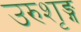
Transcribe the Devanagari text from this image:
उरुशृङ्ग